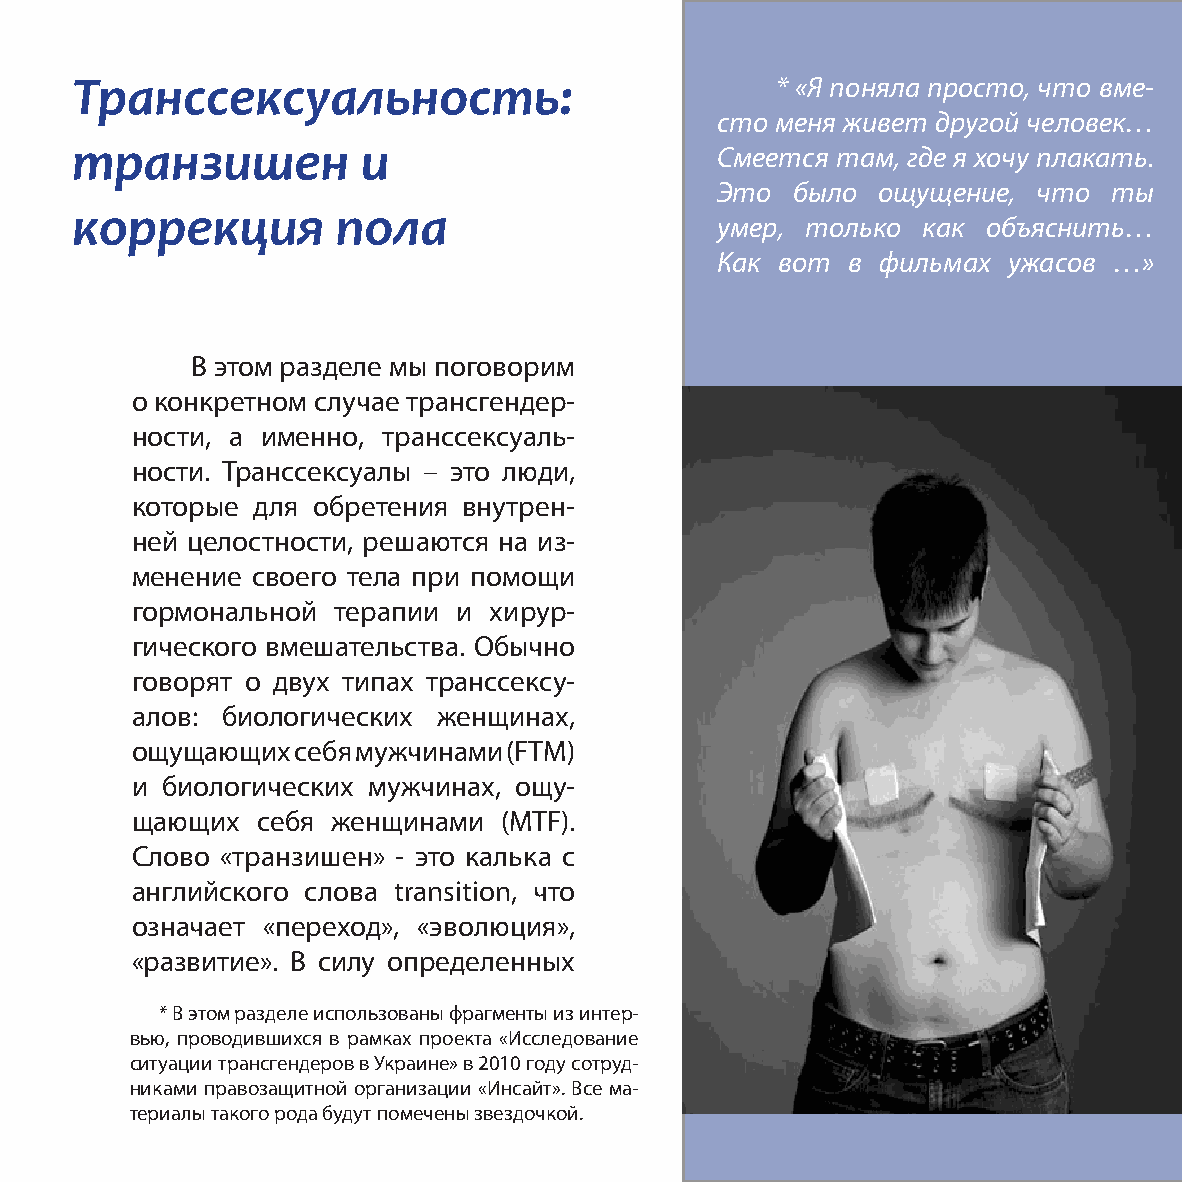
Транссексуальность:                           * «Я поняла просто, что вме-
 сто меня живет другой человек…
 транзишен          и                      Смеется там, где я хочу плакать.
 Это  было  ощущение,  что  ты
 коррекция        пола
 умер, только  как объяснить…
 Как вот  в фильмах  ужасов …»
 В этом разделе мы поговорим
 о конкретном случае трансгендер-
 ности, а именно, транссексуаль-
 ности. Транссексуалы – это люди,
 которые для обретения внутрен-
 ней целостности, решаются на из-
 менение своего тела при помощи
 гормональной терапии и хирур-
 гического вмешательства. Обычно
 говорят о двух типах транссексу-
 алов: биологических женщинах,
 ощущающих  себя мужчинами (FTM)
 и биологических мужчинах, ощу-
 щающих  себя женщинами  (MTF).
 Слово «транзишен» - это калька с
 английского слова transition, что
 означает «переход», «эволюция»,
 «развитие». В силу определенных
 * В этом разделе использованы фрагменты из интер-
 вью, проводившихся в рамках проекта «Исследование
 ситуации трансгендеров в Украине» в 2010 году сотруд-
 никами правозащитной организации «Инсайт». Все ма-
 териалы такого рода будут помечены звездочкой.